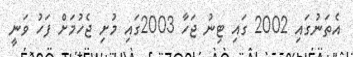
އެތަނުގައި 2002 ގައި ޓިނު ޖަހާ 2003ގައި މުށި ޖެހުމަށް ފަހު ވަނީ